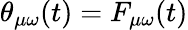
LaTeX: \theta_{\mu\omega}(t)=F_{\mu\omega}(t)